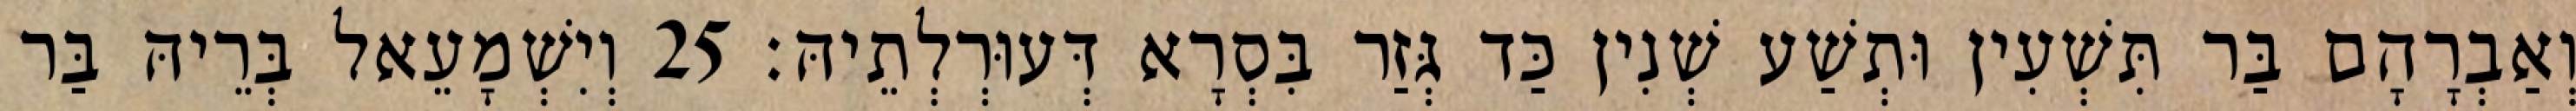
וְאַבְרָהָם בַּר תִּשְׁעִין וּתְשַׁע שְׁנִין כַּד גְּזַר בִּסְרָא דְּעוּרְלְתֵיהּ׃ 25 וְיִשְׁמָעֵאל בְּרֵיהּ בַּר